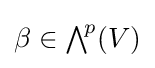
\beta \in {\textstyle \bigwedge }^{\!p}(V)